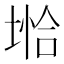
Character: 𪣺